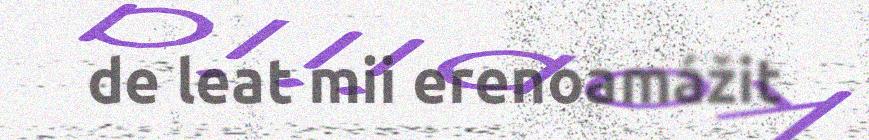
de leat mii erenoamážit